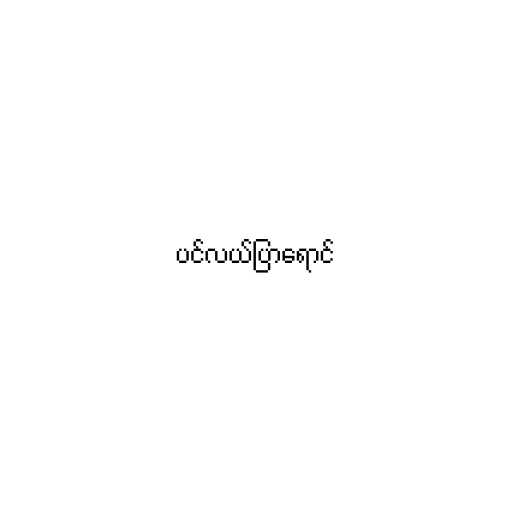
ပင်လယ်ပြာရောင်